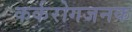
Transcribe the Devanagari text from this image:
कर्करोगजनक